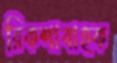
রিকশাবাহক